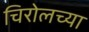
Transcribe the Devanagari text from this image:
चिरोलच्या